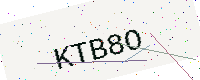
Text: KTB8O